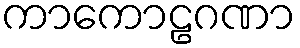
ကာကောဠဂဏာ